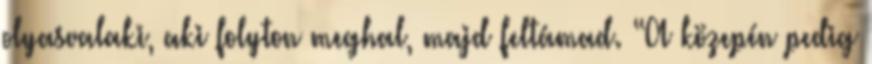
olyasvalaki, aki folyton meghal, majd feltámad. “A közepén pedig